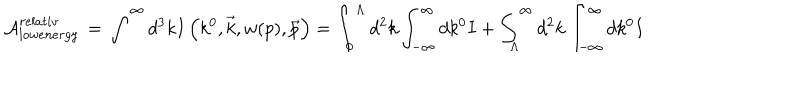
{ \cal { A } } _ { l o w e n e r g y } ^ { r e l a t i v } \, = \, \int ^ { \infty } d ^ { 3 } k I \left( k ^ { 0 } , \vec { k } , w ( p ) , \vec { p } \right) = \int _ { 0 } ^ { \Lambda } d ^ { 2 } k \int _ { - \infty } ^ { \infty } d k ^ { 0 } I + \int _ { \Lambda } ^ { \infty } d ^ { 2 } k \int _ { - \infty } ^ { \infty } d k ^ { 0 } I